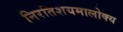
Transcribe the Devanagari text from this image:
निरतिशयमालोक्य